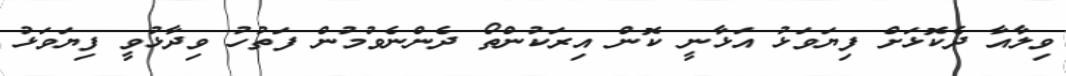
ވިލާއާ ދެކޮޅަށް ފިޔަވަޅު އަޅާނީ ކޮން އިރަކުންތޯ ދެންނެވުމުން ފަތުހު ވިދާޅުވީ ފިޔަވަޅު